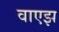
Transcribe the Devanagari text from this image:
वाएझ